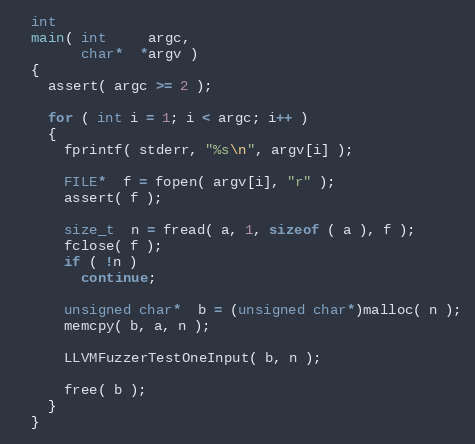
Language: C++
  int
  main( int     argc,
        char*  *argv )
  {
    assert( argc >= 2 );

    for ( int i = 1; i < argc; i++ )
    {
      fprintf( stderr, "%s\n", argv[i] );

      FILE*  f = fopen( argv[i], "r" );
      assert( f );

      size_t  n = fread( a, 1, sizeof ( a ), f );
      fclose( f );
      if ( !n )
        continue;

      unsigned char*  b = (unsigned char*)malloc( n );
      memcpy( b, a, n );

      LLVMFuzzerTestOneInput( b, n );

      free( b );
    }
  }